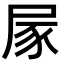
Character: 𡱰